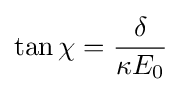
\tan \chi ={\frac {\delta }{\kappa E_{0}}}